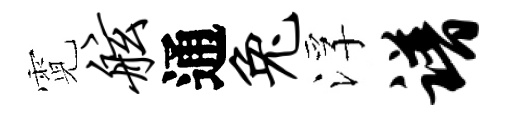
霓舷通兔浮谱